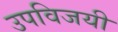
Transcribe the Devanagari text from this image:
उपविजयी